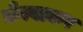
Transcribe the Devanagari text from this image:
मँगवाकर